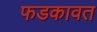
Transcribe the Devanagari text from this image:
फडकावत